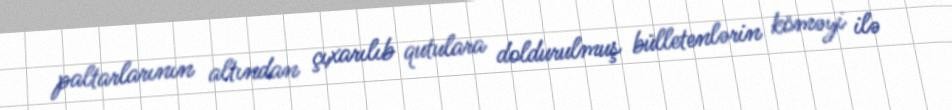
paltarlarının altından çıxarılıb qutulara doldurulmuş bülletenlərin köməyi ilə